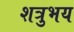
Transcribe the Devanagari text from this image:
शत्रुभय